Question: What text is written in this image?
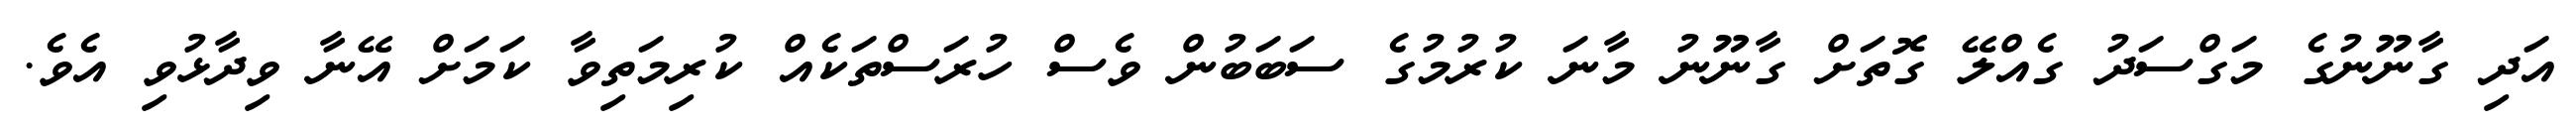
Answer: އަދި ގާނޫނުގެ މަގްސަދު ގެއްލޭ ގޮތަށް ގާނޫނު މާނަ ކުރުމުގެ ސަބަބުން ވެސް ހުރަސްތަކެއް ކުރިމަތިވާ ކަމަށް އޭނާ ވިދާޅުވި އެވެ.